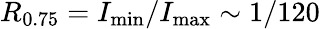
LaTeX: R_{0.75}=I_{\mathrm{min}}/I_{\mathrm{max}}\sim 1/120